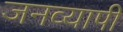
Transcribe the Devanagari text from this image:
जनव्यापी